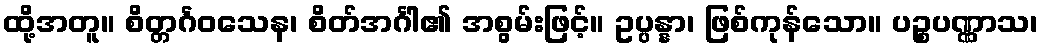
ထို့အတူ။ စိတ္တင်္ဂဝသေန၊ စိတ်အင်္ဂါ၏ အစွမ်းဖြင့်။ ဥပ္ပန္နာ၊ ဖြစ်ကုန်သော။ ပဉ္စပဏ္ဏာသ၊